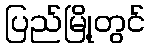
ပြည်မြို့တွင်